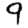
Digit: 9